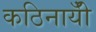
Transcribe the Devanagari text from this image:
कठिनायीँ